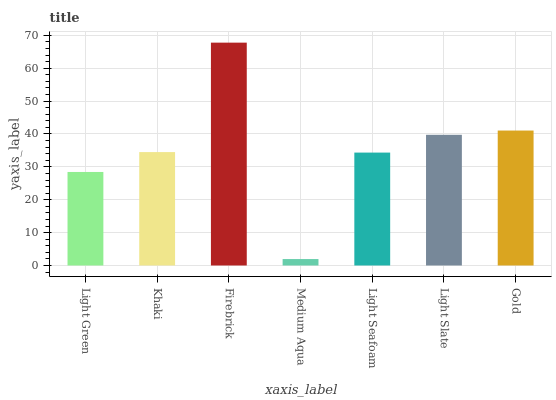
| xaxis_label | bars |
 | --- | --- |
 | Light Green | 28.4 |
 | Khaki | 34.5 |
 | Firebrick | 67.8 |
 | Medium Aqua | 1.96 |
 | Light Seafoam | 34.3 |
 | Light Slate | 39.7 |
 | Gold | 41 |